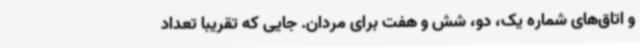
و اتاق‌های شماره یک، دو، شش و هفت برای مردان. جایی که تقریباً تعداد